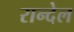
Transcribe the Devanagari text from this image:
रान्देल